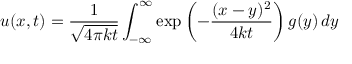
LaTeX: u ( x , t ) = { \frac { 1 } { \sqrt { 4 \pi k t } } } \int _ { - \infty } ^ { \infty } \exp \left( - { \frac { ( x - y ) ^ { 2 } } { 4 k t } } \right) g ( y ) \, d y